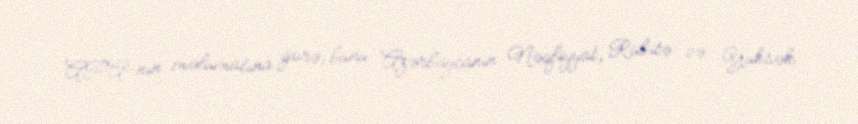
APA-nın məlumatına görə, bunu Azərbaycanın Nəqliyyat, Rabitə və Yüksək